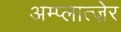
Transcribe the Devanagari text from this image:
अम्प्लात्ज़ेर